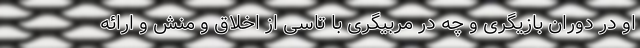
او در دوران بازیگری و چه در مربیگری با تاسی از اخلاق و منش و ارائه